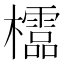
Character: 𣠄